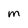
Character: M